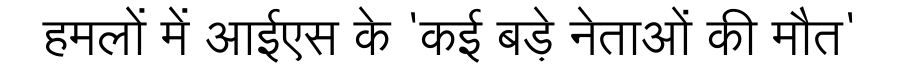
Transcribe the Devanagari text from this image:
हमलों में आईएस के 'कई बड़े नेताओं की मौत'